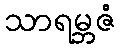
သာရမ္ဘဇံ